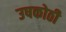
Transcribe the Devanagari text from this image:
उषकोठी